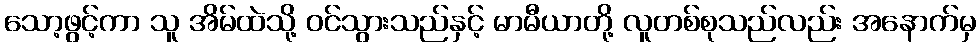
သော့ဖွင့်ကာ သူ အိမ်ထဲသို့ ဝင်သွားသည်နှင့် မာမီယာတို့ လူတစ်စုသည်လည်း အနောက်မှ